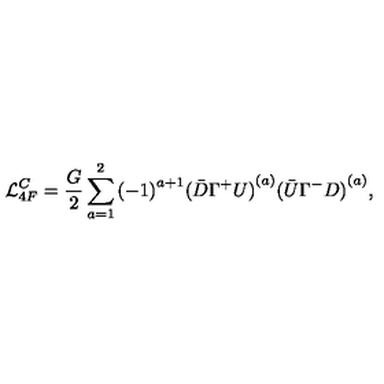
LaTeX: { \cal L } _ { 4 F } ^ { C } = \frac { G } { 2 } \sum _ { a = 1 } ^ { 2 } { ( - 1 ) } ^ { a + 1 } { ( \bar { D } \Gamma ^ { + } U ) } ^ { ( a ) } { ( \bar { U } \Gamma ^ { - } D ) } ^ { ( a ) } ,